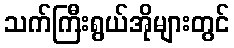
သက်ကြီးရွယ်အိုများတွင်